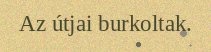
Az útjai burkoltak.